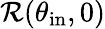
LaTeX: \mathcal{R}(\theta_{\mathrm{in}},0)